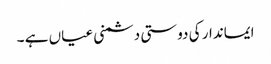
ایماندار کی دوستی دشمنی عیاں ہے ۔